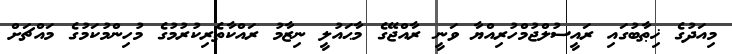
މިއަދުގެ ޚިޠާބުގައި ރައީސުލްޖުމްހުރިއްޔާ ވަނީ ރާއްޖޭގެ މާޙައުލީ ނިޒާމު ރައްކާތެރިކުރުމުގެ މުހިންމުކަމުގެ މައްޗަށް